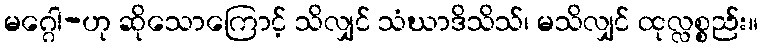
မဂ္ဂေါ-ဟု ဆိုသောကြောင့် သိလျှင် သံဃာဒိသိသ်၊ မသိလျှင် ထုလ္လစ္စည်း။